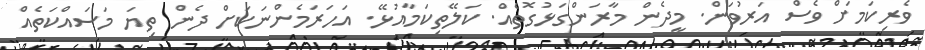
ވެރިކަމަށް ވެސް އަރުވަން. މީދެން މާރަންގަޅުގޮތެއް. ކަލޭތިކަމާއުޅޭ. އަަހަރަމެންނަކަށް ދެން ތިޔަ މަސައްކަތެއް